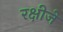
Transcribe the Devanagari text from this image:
रक्षीजे